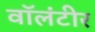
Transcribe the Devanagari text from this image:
वॉलंटीर